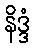
နိဒ္ဒံ